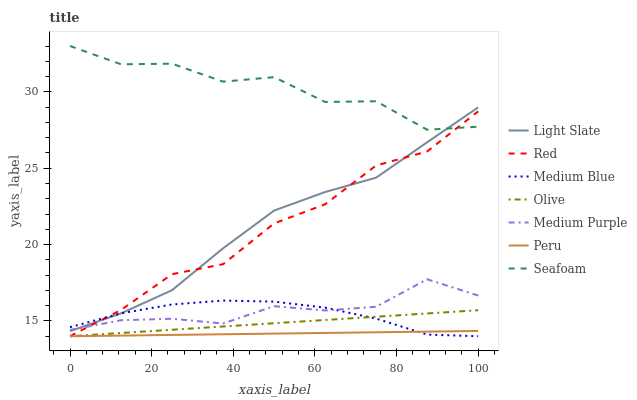
| xaxis_label | Light Slate | Red | Medium Blue | Olive | Medium Purple | Peru | Seafoam |
 | --- | --- | --- | --- | --- | --- | --- | --- |
 | 0 | 14.3 | 14 | 14.6 | 14 | 14.4 | 14 | 33 |
 | 12.5 | 15.5 | 15.7 | 15.5 | 14.2 | 15 | 14 | 31.8 |
 | 25 | 17 | 18.1 | 16.1 | 14.4 | 15.1 | 14.1 | 31.8 |
 | 37.5 | 19.8 | 18.7 | 16.3 | 14.6 | 14.8 | 14.1 | 30.7 |
 | 50 | 22.2 | 21.4 | 16.3 | 14.9 | 16 | 14.2 | 31 |
 | 62.5 | 23.4 | 22.6 | 15.9 | 15.1 | 15.7 | 14.2 | 29.3 |
 | 75 | 24.4 | 25.2 | 15.2 | 15.3 | 15.9 | 14.3 | 29.4 |
 | 87.5 | 26.7 | 26.1 | 14.1 | 15.5 | 17.7 | 14.3 | 27.5 |
 | 100 | 29 | 28.7 | 14 | 15.7 | 16.7 | 14.3 | 27.7 |